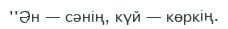
''Ән — сәнің, күй — көркің.